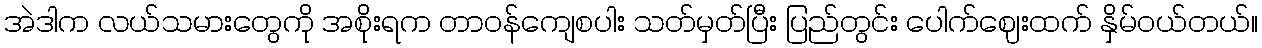
အဲဒါက လယ်သမားတွေကို အစိုးရက တာဝန်ကျေစပါး သတ်မှတ်ပြီး ပြည်တွင်း ပေါက်ဈေးထက် နှိမ်ဝယ်တယ်။